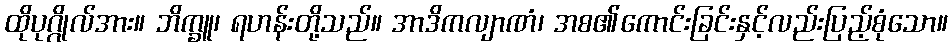
ထိုပုဂ္ဂိုလ်အား။ ဘိက္ခူ၊ ရဟန်းတို့သည်။ အာဒိကလျာဏံ၊ အစ၏ကောင်းခြင်းနှင့်လည်းပြည့်စုံသော။